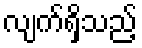
လျက်ရှိသည့်